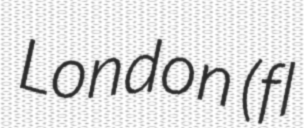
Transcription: London (fl